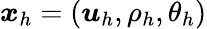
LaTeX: \boldsymbol{x}_{h}=(\boldsymbol{u}_{h},\rho_{h},\theta_{h})